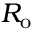
R _ { \mathrm { o } }